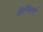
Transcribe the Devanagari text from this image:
कॅन्सिनो